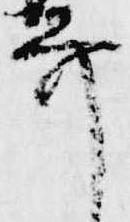
弁